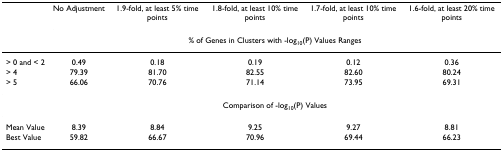
|  | No Adjustment | 1.9-fold, at least 5% time points | 1.8-fold, at least 10% time points | 1.7-fold, at least 10% time points | 1.6-fold, at least 20% time points |
 |  | <COLSPAN=5> % of Genes in Clusters with -log10(P) Values Ranges |
 | --- | --- | --- | --- | --- | --- |
 | > 0 and < 2 | 0.49 | 0.18 | 0.19 | 0.12 | 0.36 |
 | > 4 | 79.39 | 81.70 | 82.55 | 82.60 | 80.24 |
 | > 5 | 66.06 | 70.76 | 71.14 | 73.95 | 69.31 |
 |  | <COLSPAN=5> Comparison of -log10(P) Values |
 | Mean Value | 8.39 | 8.84 | 9.25 | 9.27 | 8.81 |
 | Best Value | 59.82 | 66.67 | 70.96 | 69.44 | 66.23 |